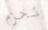
نحزم